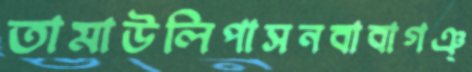
তামাউলিপাসনবাবাগঞ্